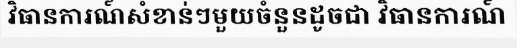
វិធានការណ៍សំខាន់ៗមួយចំនួនដូចជា វិធានការណ៍